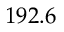
1 9 2 . 6